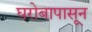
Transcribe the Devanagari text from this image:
घरोबापासून